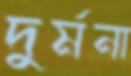
দুর্মনা